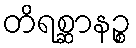
တိရစ္ဆာနဉ္စ